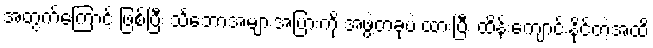
အတွက်ကြောင့် ဖြစ်ပြီး သင်္ဘောအများအပြားကို အဖွဲ့တခုပဲ ထားပြီး ထိန်းကျောင်းနိုင်တဲ့အထိ